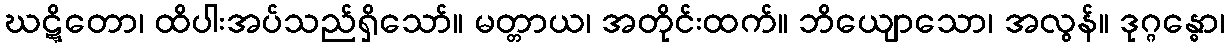
ဃဋ္ဋိတော၊ ထိပါးအပ်သည်ရှိသော်။ မတ္တာယ၊ အတိုင်းထက်။ ဘိယျောသော၊ အလွန်။ ဒုဂ္ဂန္ဓော၊